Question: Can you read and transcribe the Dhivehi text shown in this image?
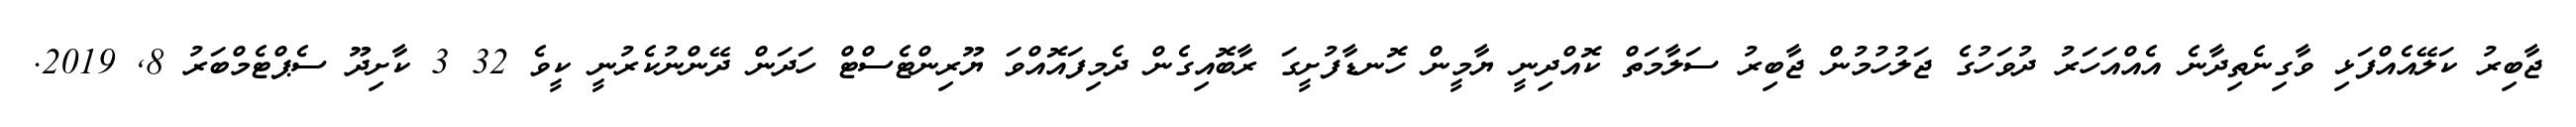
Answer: ޖާބިރު ކަލޭއެއްފަޅި ވާގިނެތިދާނެ އެއްއަހަރު ދުވަހުގެ ޖަލުހުމުން ޖާބިރު ސަލާމަތް ކޮއްދިނީ ޔާމީން ހޮނޑާފުށީގަ ރާބޮއިގެން ދެމިފައޮއްވަ ޔޫރިންޓެސްޓް ހަދަން ދޭންނުކެރުނީ ކީވެ 32 3 ކާށިދޫ ސެޕްޓެމްބަރު 8, 2019.